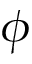
\phi